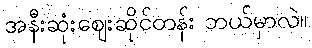
အနီးဆုံးဈေးဆိုင်တန်း ဘယ်မှာလဲ။